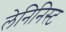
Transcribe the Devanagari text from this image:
लेनिनिस्ट